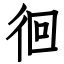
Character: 徊